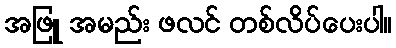
အဖြူ အမည်း ဖလင် တစ်လိပ်ပေးပါ။